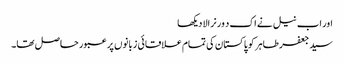
اور اب نیل نے اک د ور نرالا دیکھا
سید جعفر طاہر کو پاکستان کی تمام علاقائی زبانوں پر عبور حاصل تھا۔